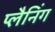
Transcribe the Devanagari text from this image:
प्‍लैनिंग